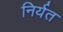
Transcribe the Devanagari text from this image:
निर्यत